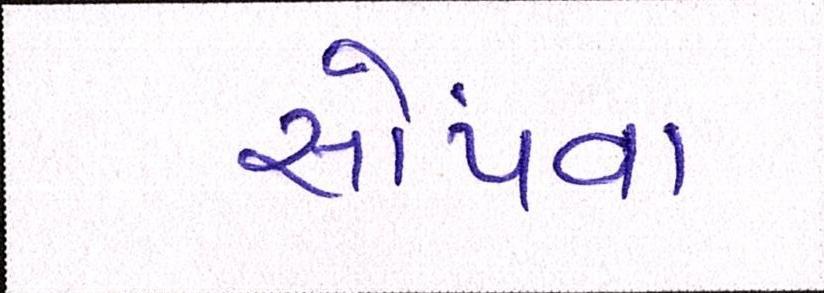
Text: સોંપવા